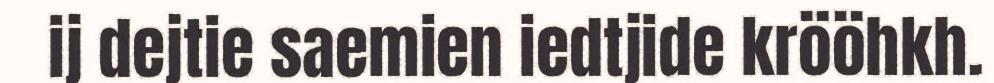
ij dejtie saemien iedtjide krööhkh.